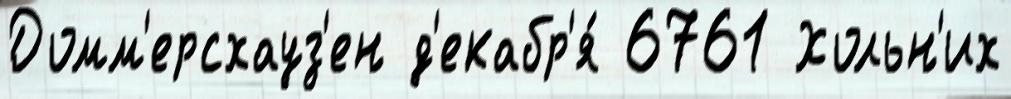
Домм'ерсхауз'ен д'екабр'я́ 6761 Хольн'их